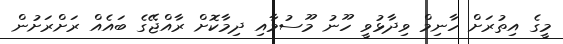
މީގެ އިތުރަށް ހާނިމް ވިދާޅުވީ ހޫނު މޫސުމާއި ދިމާކޮށް ރާއްޖޭގެ ބައެއް ރަށްރަށުން